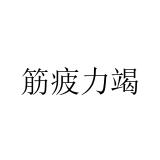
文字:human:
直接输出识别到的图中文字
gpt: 筋疲力竭